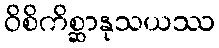
ဝိစိကိစ္ဆာနုသယဿ